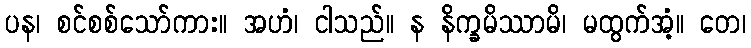
ပန၊ စင်စစ်သော်ကား။ အဟံ၊ ငါသည်။ န နိက္ခမိဿာမိ၊ မထွက်အံ့။ တေ၊